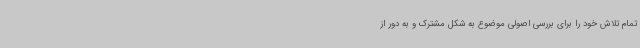
تمام تلاش خود را برای بررسی اصولی موضوع به شکل مشترک و به دور از